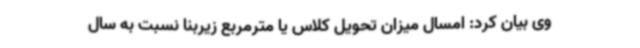
وی بیان کرد: امسال میزان تحویل کلاس یا مترمربع زیربنا نسبت به سال